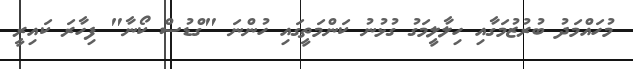
މުހައްމަދު ބުރުޒުމަގާއި ހިލާލީމަގު ގުޅުނު ކަންމަތީގައި ހުންނަ "ގްޑުސް ކޯނާ" ފިހާރަ ކައިރީ